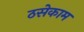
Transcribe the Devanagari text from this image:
ठसेकाम